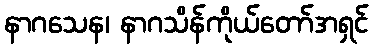
နာဂသေန၊ နာဂသိန်ကိုယ်တော်အရှင်